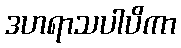
ဒဟရာသပါပိကာ